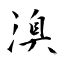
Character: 溴